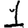
Digit: 1